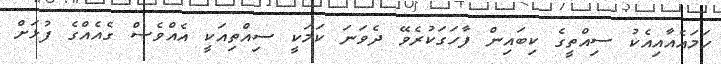
ހަމައެއާއިއެކު ސިއްތީގެ ކިބައިން ފާހަގަކުރެވޭ ދެވަނަ ކަމަކީ ސިއްތިއަކީ އެއްވެސް ގެއެއްގެ ފުޅަށް